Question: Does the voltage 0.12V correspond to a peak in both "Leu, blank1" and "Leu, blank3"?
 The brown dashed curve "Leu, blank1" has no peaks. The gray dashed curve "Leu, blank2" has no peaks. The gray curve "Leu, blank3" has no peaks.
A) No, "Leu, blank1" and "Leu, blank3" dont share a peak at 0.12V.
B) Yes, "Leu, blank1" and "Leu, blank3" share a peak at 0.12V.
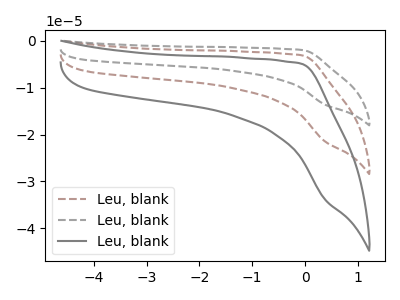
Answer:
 <answer>A) No, "Leu, blank1" and "Leu, blank3" dont share a peak at 0.12V.</answer>
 <eval>A</eval>